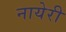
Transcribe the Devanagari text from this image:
नायेरी